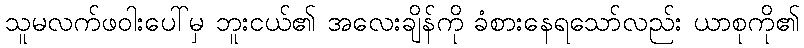
သူမလက်ဖဝါးပေါ်မှ ဘူးငယ်၏ အလေးချိန်ကို ခံစားနေရသော်လည်း ယာစုကို၏